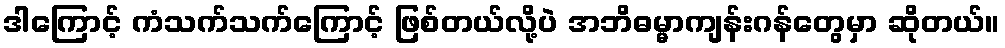
ဒါကြောင့် ကံသက်သက်ကြောင့် ဖြစ်တယ်လို့ပဲ အဘိဓမ္မာကျန်းဂန်တွေမှာ ဆိုတယ်။